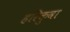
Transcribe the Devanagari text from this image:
हरिकुवा